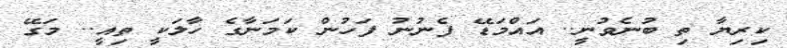
ކިރިޔާ ތި ބުނެވުނީ.. އައްމަޑޭ ފެނުނު ފަހުން ކަމަނާގެ ހާލަކީ ތިއީ.. މަގޭ